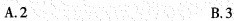
A.2 B.3